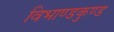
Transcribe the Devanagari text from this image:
विभाण्डकुण्ड